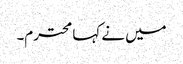
میں نے کہا محترم۔